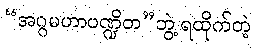
“အဂ္ဂမဟာပဏ္ဍိတ”ဘွဲ့ ရထိုက်တဲ့